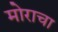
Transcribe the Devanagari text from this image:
मोराचा